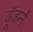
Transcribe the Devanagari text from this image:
ढूँढनें